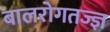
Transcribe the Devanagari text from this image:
बालरोगतज्‍ज्ञ